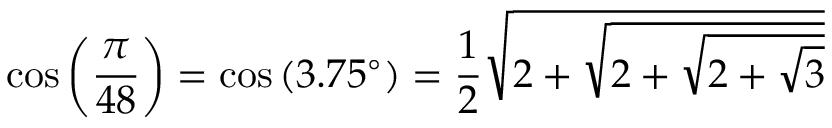
\cos \left( { \frac { \pi } { 4 8 } } \right) = \cos \left( 3 . 7 5 ^ { \circ } \right) = { \frac { 1 } { 2 } } { \sqrt { 2 + { \sqrt { 2 + { \sqrt { 2 + { \sqrt { 3 } } } } } } } }